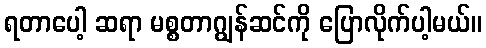
ရတာပေါ့ ဆရာ မစ္စတာဂျွန်ဆင်ကို ပြောလိုက်ပါ့မယ်။